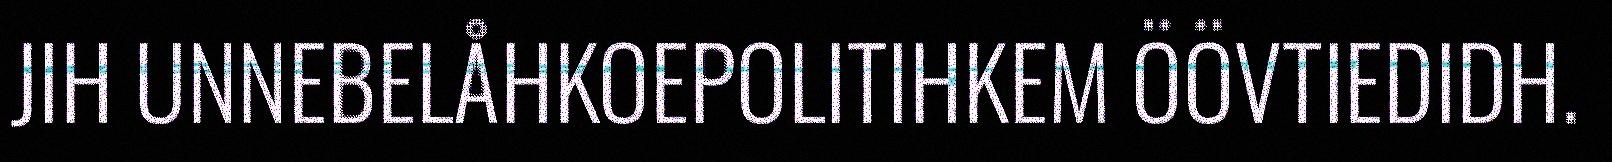
JIH UNNEBELÅHKOEPOLITIHKEM ÖÖVTIEDIDH.